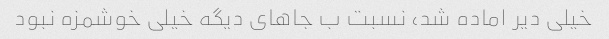
خیلی دیر اماده شد، نسبت ب جاهای دیگه خیلی خوشمزه نبود